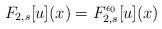
LaTeX: \begin{align*}F_{2,s}[u](x)=F_{2,s}^{\epsilon_0}[u](x)\end{align*}